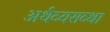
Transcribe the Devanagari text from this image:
अर्थव्यसव्था